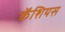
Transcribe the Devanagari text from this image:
कॅशियस